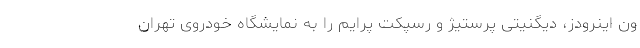
ون اینرودز، دیگنیتی پرستیژ و رسپکت پرایم را به نمایشگاه خودروی تهران